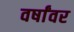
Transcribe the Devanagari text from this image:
वर्षांवर